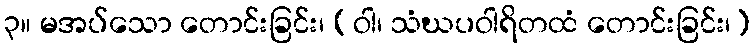
၃။ မအပ်သော တောင်းခြင်း၊ (ဝါ၊ သံဃပဝါရိတထံ တောင်းခြင်း၊)